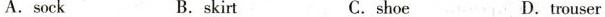
A.sock B.skirt C. shoe D.trouser